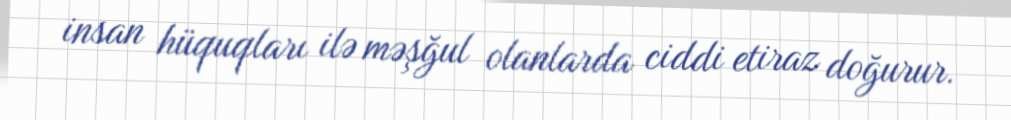
insan hüquqları ilə məşğul olanlarda ciddi etiraz doğurur.